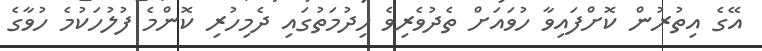
އޭގެ އިތުރުން ކޮށްފައިވާ ހުވައަށް ތެދުވެރިވެ ހިދުމަތުގައި ދެމިހުރި ކޮންމެ ފުލުހަކުމެ ހުވާގެ